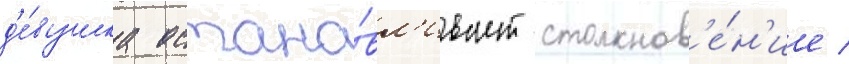
д'е́вушка остана́вл'ивает столкнов'е́н'ие /